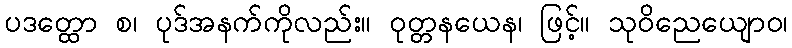
ပဒတ္ထော စ၊ ပုဒ်အနက်ကိုလည်း။ ဝုတ္တနယေန၊ ဖြင့်။ သုဝိညေယျောဝ၊